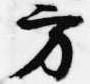
方